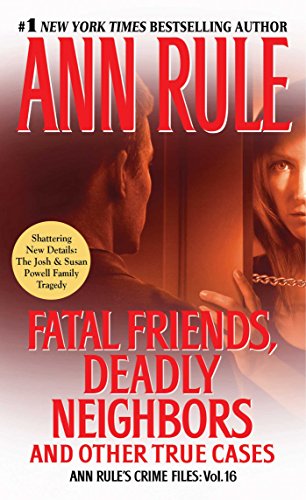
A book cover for Fatal Friends, Deadly Neighbors: Ann Rule's Crime Files Volume 16; Ann Rule; Biographies & Memoirs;